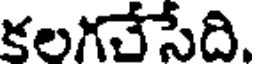
కలగచేసేది.